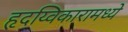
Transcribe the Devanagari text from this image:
हृदय्विकारामध्ये